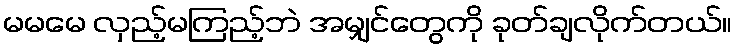
မမမေ လှည့်မကြည့်ဘဲ အမျှင်တွေကို ခုတ်ချလိုက်တယ်။